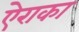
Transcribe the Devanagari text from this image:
ऐराका